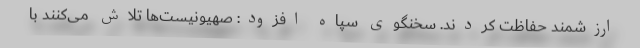
ارزشمند حفاظت کردند. سخنگوی سپاه افزود: صهیونیست‌ها تلاش می‌کنند با